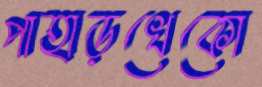
পাহাড়খেকো